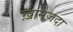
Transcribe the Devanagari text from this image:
ख़ानज़दा